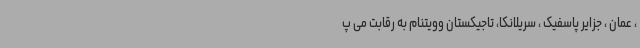
، عمان ، جزایر پاسفیک ، سریلانکا، تاجیکستان وویتنام به رقابت می پ